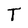
Character: T